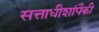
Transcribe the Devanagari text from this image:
सत्ताधीशांपैकी